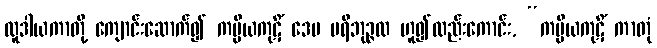
လူဒါယကာတို့ ကျောင်းဆောက်၍ ကပ္ပိယကုဋိံ ဒေမ ပရိဘုဉ္ဇထ ဟူ၍လည်းကောင်း, “ကပ္ပိယကုဋိံ ကာတုံ